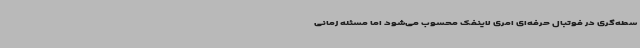
سطه‌گری در فوتبال حرفه‌ای امری لاینفک محسوب می‌شود اما مسئله زمانی